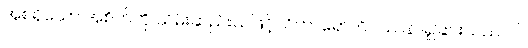
အစရှိသော အစိတ်ကို သိမ်းဆည်းသဖြင့်။ ဝိဟာရော၊ ဝိပဿနာရှုခြင်းသည်။ ဝါ၊